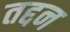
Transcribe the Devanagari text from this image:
तद्दन